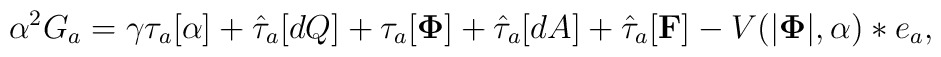
\alpha^2 G_a = \gamma \tau_{a}[\alpha] + \hat\tau_{a}[dQ] +\tau_{a}[{\bf \Phi}] + \hat\tau_{a}[dA] + \hat\tau_{a}[{\bf F}] -V(|{\bf \Phi}|,\alpha) *e_a ,